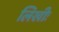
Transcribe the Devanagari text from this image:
लिखीः